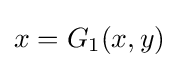
x=G_{1}(x,y)